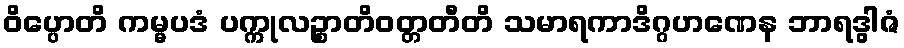
ဝိပ္ပောတိ ကမ္မပဒံ ပက္ကုလဉ္စာတိဝတ္တတီတိ သမာရကာဒိဂ္ဂဟဏေန ဘာရဒွါဇံ